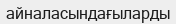
айналасындағыларды